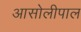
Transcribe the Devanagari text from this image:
आसोलीपाल